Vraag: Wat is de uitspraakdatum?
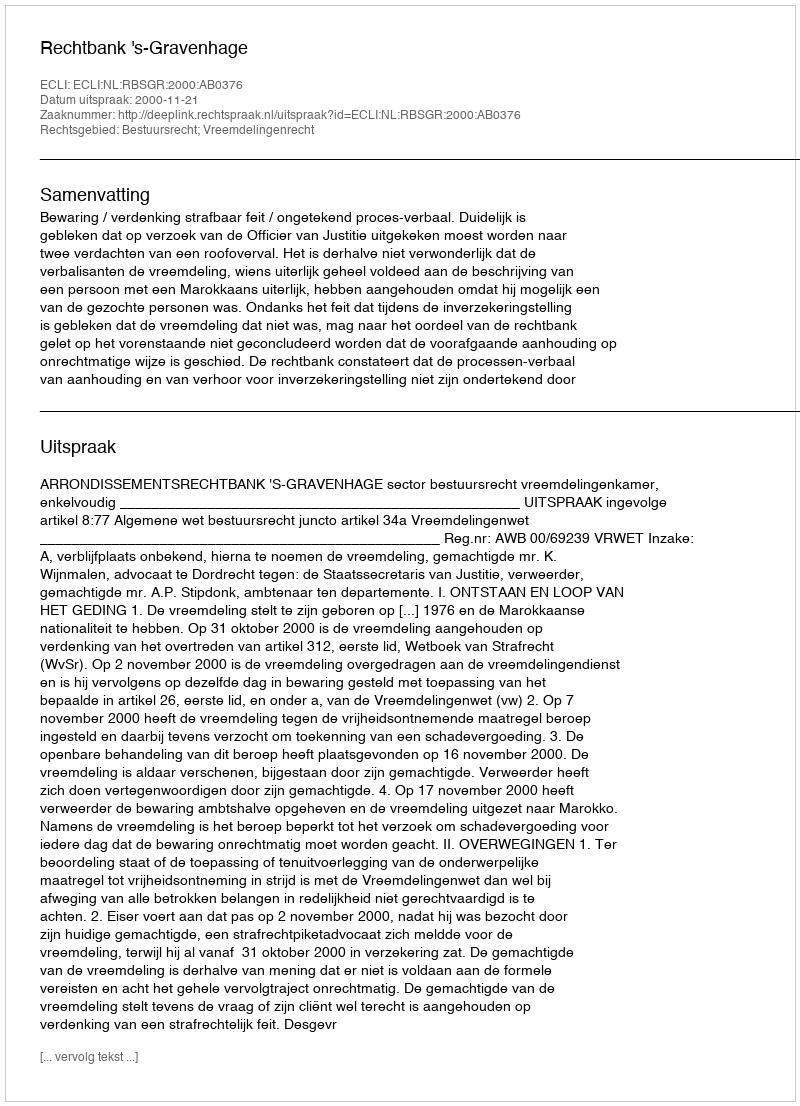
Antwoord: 2000-11-21